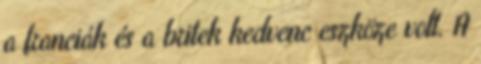
a franciák és a britek kedvenc eszköze volt. A